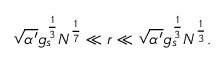
\sqrt { \alpha ^ { \prime } } g _ { s } ^ { \frac { 1 } { 3 } } N ^ { \frac { 1 } { 7 } } \ll r \ll \sqrt { \alpha ^ { \prime } } g _ { s } ^ { \frac { 1 } { 3 } } N ^ { \frac { 1 } { 3 } } .